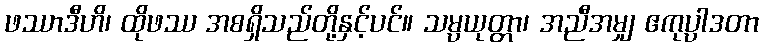
ဖဿာဒီဟိ၊ ထိုဖဿ အစရှိသည်တို့နှင့်ပင်။ သမ္ပယုတ္တာ၊ အညီအမျှ ဧကုပ္ပာဒတာ